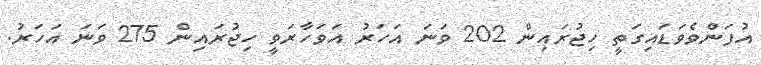
އުފަންވެވަޑައިގަތީ ހިޖުރައިން 202 ވަނަ އަހަރު އަވަހާރަވީ ހިޖުރައިން 275 ވަނަ އަހަރު.